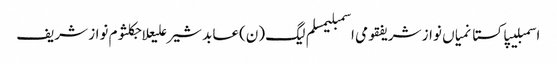
اسمبلیپاکستانمیاں نواز شریفقومی اسمبلیمسلم لیگ (ن)عابد شیر علیعلاجکلثوم نواز شریف